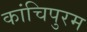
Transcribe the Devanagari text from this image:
कांचिपुरम